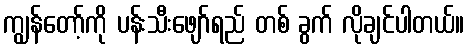
ကျွန်တော့်ကို ပန်းသီးဖျော်ရည် တစ် ခွက် လိုချင်ပါတယ်။